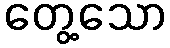
တွေ့သော